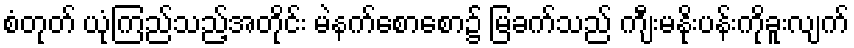
စံတုတ် ယုံကြည်သည့်အတိုင်း မဲနက်စောစော၌ မြခက်သည် ကျီးမနိုးပန်းကိုခူးလျက်